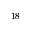
^ { 1 8 }